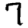
Digit: 7